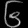
Digit: ၆